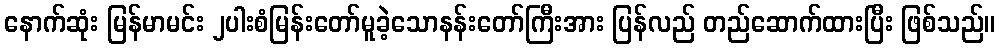
နောက်ဆုံး မြန်မာမင်း ၂ပါးစံမြန်းတော်မူခဲ့သောနန်းတော်ကြီးအား ပြန်လည် တည်ဆောက်ထားပြီး ဖြစ်သည်။